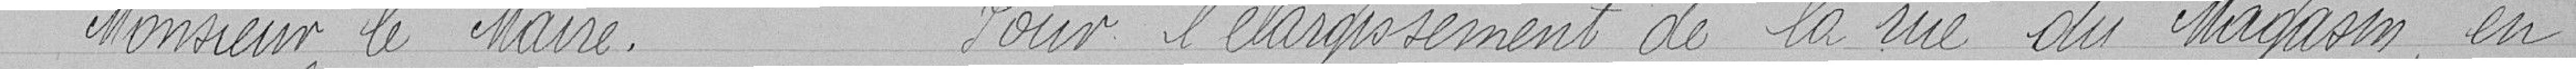
"Monsieur le maire. Pour l'élargissement de la rue du Magasin, en